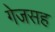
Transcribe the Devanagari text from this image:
गेजसह